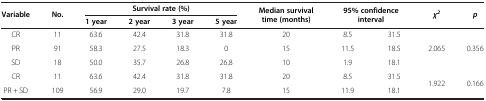
| <ROWSPAN=2> Variable | <ROWSPAN=2> No. | <COLSPAN=4> Survival rate (%) | <ROWSPAN=2> Median survival time (months) | <ROWSPAN=2-COLSPAN=2> 95% confidence interval | <ROWSPAN=2> χ2 | <ROWSPAN=2> p |
 | 1 year | 2 year | 3 year | 5 year |
 | --- | --- | --- | --- | --- | --- | --- | --- | --- | --- | --- |
 | CR | 11 | 63.6 | 42.4 | 31.8 | 31.8 | 20 | 8.5 | 31.5 | <ROWSPAN=3> 2.065 | <ROWSPAN=3> 0.356 |
 | PR | 91 | 58.3 | 27.5 | 18.3 | 0 | 15 | 11.5 | 18.5 |
 | SD | 18 | 50.0 | 35.7 | 26.8 | 26.8 | 10 | 1.9 | 18.1 |
 | CR | 11 | 63.6 | 42.4 | 31.8 | 31.8 | 20 | 8.5 | 31.5 | <ROWSPAN=2> 1.922 | <ROWSPAN=2> 0.166 |
 | PR + SD | 109 | 56.9 | 29.0 | 19.7 | 7.8 | 15 | 11.9 | 18.1 |